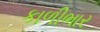
કાળીભાર